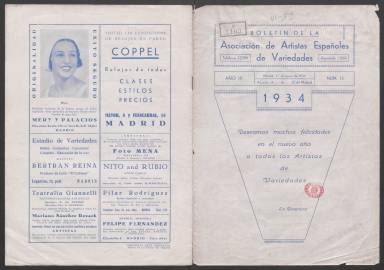
Título: Boletín de la Asociación de Artistas Españoles de Variedades
Colección: Espectáculos
Ámbito geográfico: Madrid
Lugar de publicación: Madrid
Fechas: 01/01/1934-31/10/1934